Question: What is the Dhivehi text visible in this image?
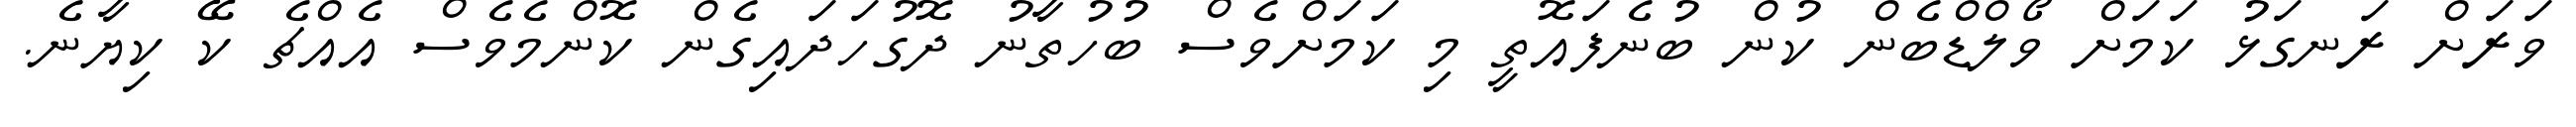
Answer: ވަރަށް ރަނގަޅު ކަމަށް ވޯލްޑްބެން ކުން ބުނެފައޮތީ މި ކަމަށްވެސް ބުހުތާނު ދޮގުހަދައިގެން ކޮންމެވެސް އެއްޗެ ކޭ ކިޔާނެ.